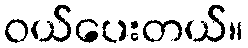
ဝယ်ပေးတယ်။